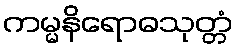
ကမ္မနိရောဓသုတ္တံ